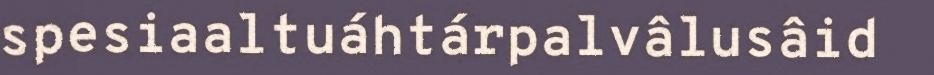
spesiaaltuáhtárpalvâlusâid